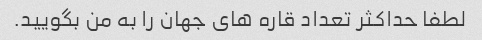
لطفا حداکثر تعداد قاره های جهان را به من بگویید.